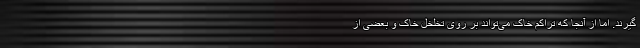
گیرند. اما از آنجا که تراکم خاک می‌تواند بر روی تخلخل خاک و بعضی از